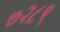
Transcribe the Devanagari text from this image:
७२८९